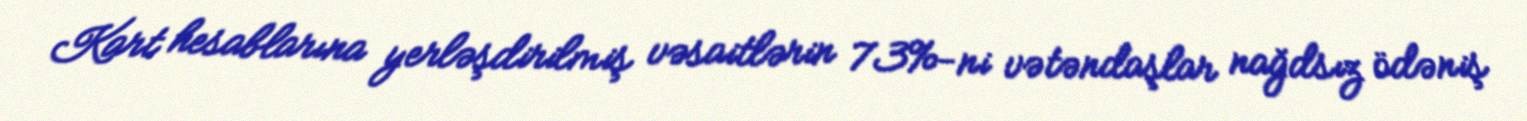
Kart hesablarına yerləşdirilmiş vəsaitlərin 73%-ni vətəndaşlar nağdsız ödəniş